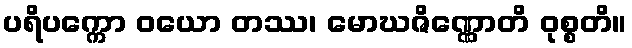
ပရိပက္ကော ဝယော တဿ၊ မောဃဇိဏ္ဏောတိ ဝုစ္စတိ။